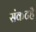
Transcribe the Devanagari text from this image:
संकटहै